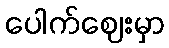
ပေါက်ဈေးမှာ